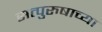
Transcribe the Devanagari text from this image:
सत्पुरुषाच्या